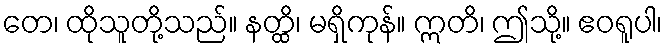
တေ၊ ထိုသူတို့သည်။ နတ္ထိ၊ မရှိကုန်။ ဣတိ၊ ဤသို့။ ဧဝရူပါ၊